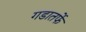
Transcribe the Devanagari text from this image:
गडातर्फे